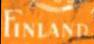
FINLAND